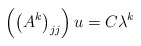
\begin{align*}\left( \left( A^{k}\right) _{jj}\right) u=C\lambda^{k}\end{align*}